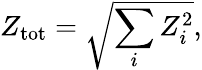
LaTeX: Z_{\mathrm{tot}}=\sqrt{\sum_{i}Z_{i}^{2}},